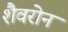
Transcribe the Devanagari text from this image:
शैवरोन